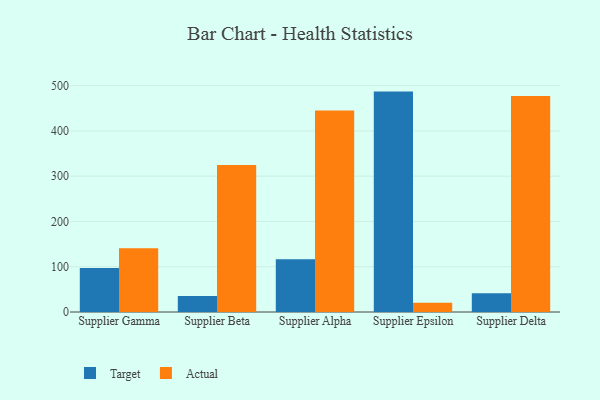
{"axis": {"x": "Supplier", "y": "LTV (USD)"}, "legend": ["Actual", "Target"], "data": [{"x": "Supplier Gamma", "y": 97.3, "type": "Target"}, {"x": "Supplier Gamma", "y": 140.9, "type": "Actual"}, {"x": "Supplier Beta", "y": 35.6, "type": "Target"}, {"x": "Supplier Beta", "y": 324.6, "type": "Actual"}, {"x": "Supplier Alpha", "y": 116.4, "type": "Target"}, {"x": "Supplier Alpha", "y": 445.3, "type": "Actual"}, {"x": "Supplier Epsilon", "y": 486.8, "type": "Target"}, {"x": "Supplier Epsilon", "y": 20.3, "type": "Actual"}, {"x": "Supplier Delta", "y": 41.2, "type": "Target"}, {"x": "Supplier Delta", "y": 477.2, "type": "Actual"}]}